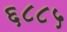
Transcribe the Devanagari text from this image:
६८८५